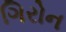
ગિરોન